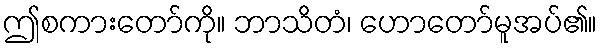
ဤစကားတော်ကို။ ဘာသိတံ၊ ဟောတော်မူအပ်၏။